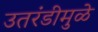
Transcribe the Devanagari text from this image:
उतरंडीमुळे